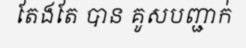
តែងតែ បាន គូសបញ្ជាក់